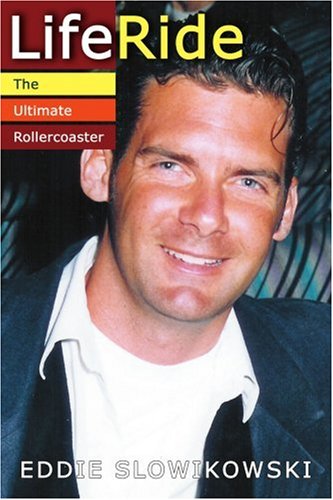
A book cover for LifeRide: The Ultimate Rollercoaster; Eddie Slowikowski; Children's Books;